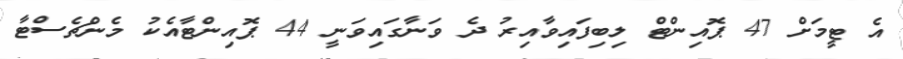
އެ ޓީމަށް 47 ޕޮއިންޓް ލިބިފައިވާއިރު ދެ ވަނާގައިވަނީ 44 ޕޮއިންޓާއެކު މެންޗެސްޓާ